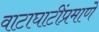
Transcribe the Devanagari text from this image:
वाटाघाटींप्रमाणे